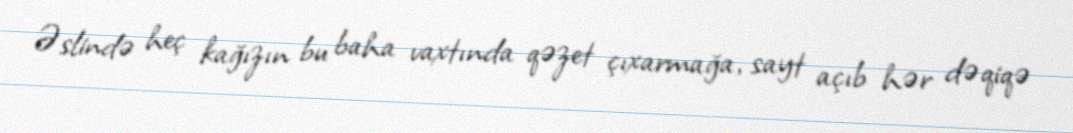
Əslində heç kağızın bu baha vaxtında qəzet çıxarmağa, sayt açıb hər dəqiqə